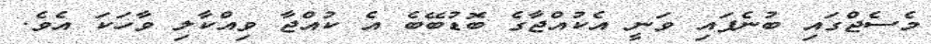
މެސެޖްގައި ބުނެފައި ވަނީ އެކުއްޖާގެ ބޮޑުބޭބެ އެ ކުއްޖާ ވިއްކާލި ވާހަކަ އެވެ.